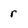
Character: r